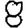
Digit: 8